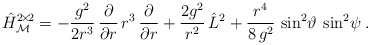
\begin{align*}\hat H^{2\! \times \! 2}_{\mathcal M} = - \frac{g^2}{2 r^3} \, \frac{\partial}{\partial r} \, r^3 \, \frac{\partial}{\partial r} + \frac{2g^2}{r^2} \, \hat L^2 + \frac{r^4}{8\,g^2} \,\sin^2\!\vartheta\:\sin^2\!\psi \:. \end{align*}